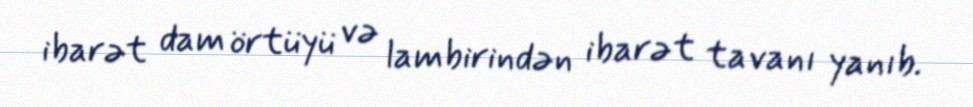
ibarət dam örtüyü və lambirindən ibarət tavanı yanıb.